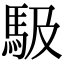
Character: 馺